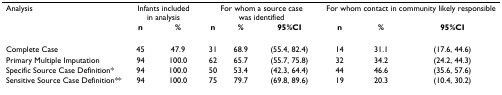
| Analysis | <COLSPAN=2> Infants included in analysis | <COLSPAN=3> For whom a source case was identified | <COLSPAN=3> For whom contact in community likely responsible |
 |  | n | % | n | % | 95%CI | n | % | 95%CI |
 | --- | --- | --- | --- | --- | --- | --- | --- | --- |
 | Complete Case | 45 | 47.9 | 31 | 68.9 | (55.4, 82.4) | 14 | 31.1 | (17.6, 44.6) |
 | Primary Multiple Imputation | 94 | 100.0 | 62 | 65.7 | (55.7, 75.8) | 32 | 34.2 | (24.2, 44.3) |
 | Specific Source Case Definition* | 94 | 100.0 | 50 | 53.4 | (42.3, 64.4) | 44 | 46.6 | (35.6, 57.6) |
 | Sensitive Source Case Definition** | 94 | 100.0 | 75 | 79.7 | (69.8, 89.6) | 19 | 20.3 | (10.4, 30.2) |